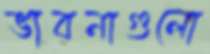
ভাবনাগুলো